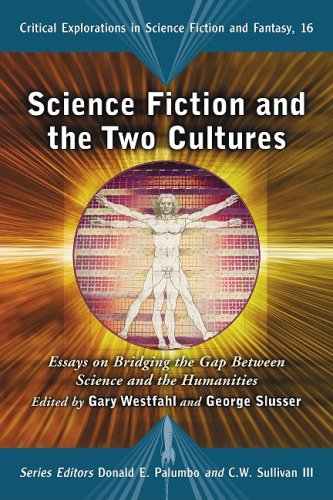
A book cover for Science Fiction and the Two Cultures: Essays on Bridging the Gap Between the Sciences and the Humanities (Critical Explorations in Science Fiction and Fantasy); Gary Westfahl; Science Fiction & Fantasy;